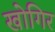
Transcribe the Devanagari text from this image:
खोगिर